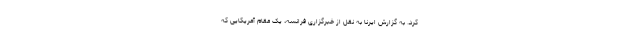
کرد. به گزارش ایرنا به نقل از خبرگزاری فرانسه، یک مقام آمریکایی که